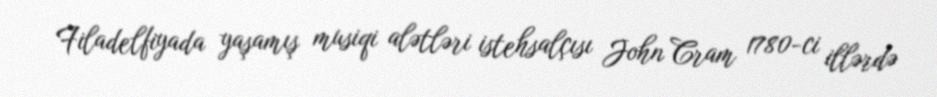
Filadelfiyada yaşamış musiqi alətləri istehsalçısı John Cram 1780-ci illərdə